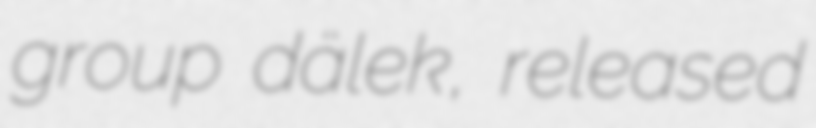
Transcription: group dälek, released